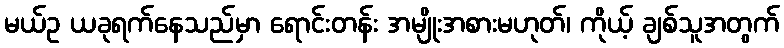
မယ်ဥ ယခုရက်နေသည်မှာ ရောင်းတန်း အမျိုးအစားမဟုတ်၊ ကိုယ့် ချစ်သူအတွက်